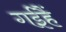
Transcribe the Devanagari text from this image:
गईहैं